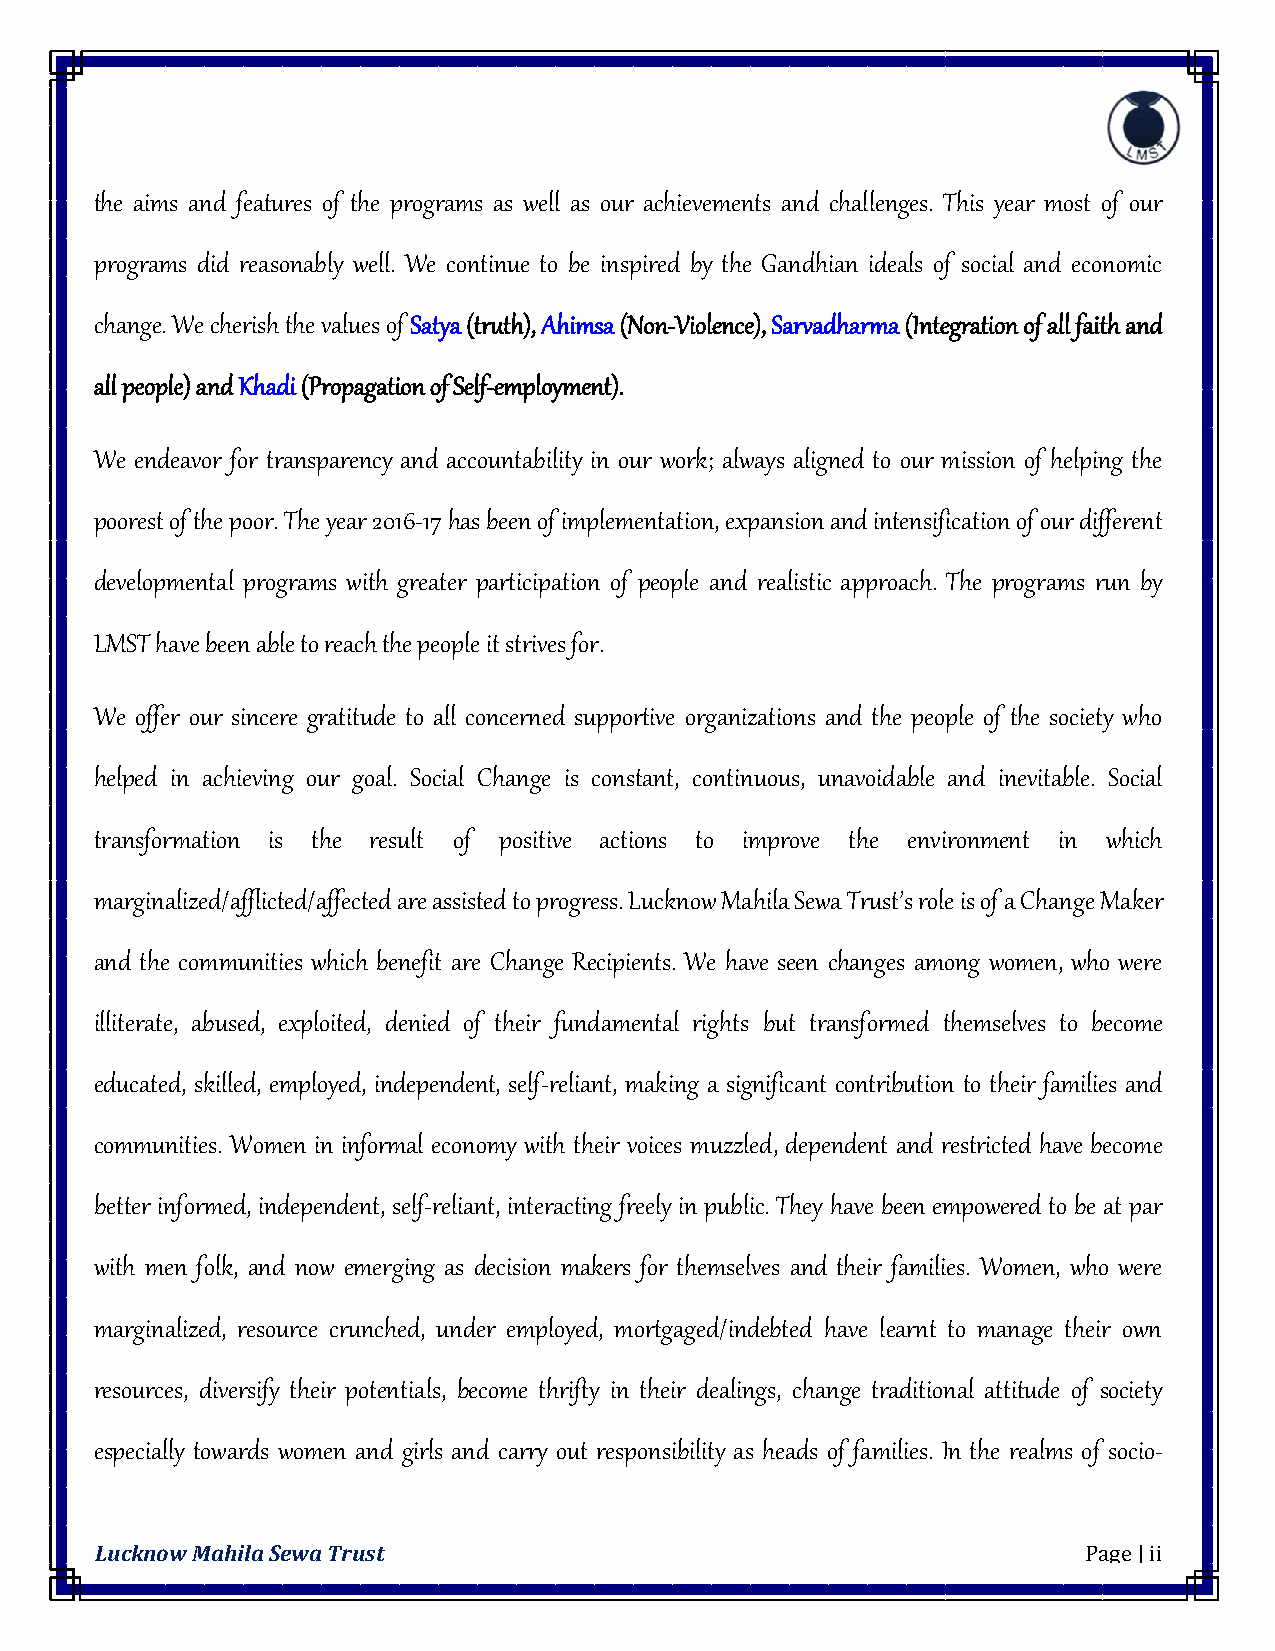
the aims and features of the programs as well as our achievements and challenges. This year most of our
 programs did reasonably well. We continue to be inspired by the Gandhian ideals of social and economic
 change. We cherish the values of Satya (truth), Ahimsa (Non-Violence), Sarvadharma (Integration of all faith and
 all people) and Khadi (Propagation of Self-employment).
 We endeavor for transparency and accountability in our work; always aligned to our mission of helping the
 poorest of the poor. The year 2016-17 has been of implementation, expansion and intensification of our different
 developmental programs with greater participation of people and realistic approach. The programs run by
 LMST have been able to reach the people it strives for.
 We offer our sincere gratitude to all concerned supportive organizations and the people of the society who
 helped in achieving our goal. Social Change is constant, continuous, unavoidable and inevitable. Social
 transformation is the result of positive actions to improve the environment in which
 marginalized/afflicted/affected are assisted to progress. Lucknow Mahila Sewa Trust’s role is of a Change Maker
 and the communities which benefit are Change Recipients. We have seen changes among women, who were
 illiterate, abused, exploited, denied of their fundamental rights but transformed themselves to become
 educated, skilled, employed, independent, self-reliant, making a significant contribution to their families and
 communities. Women in informal economy with their voices muzzled, dependent and restricted have become
 better informed, independent, self-reliant, interacting freely in public. They have been empowered to be at par
 with men folk, and now emerging as decision makers for themselves and their families. Women, who were
 marginalized, resource crunched, under employed, mortgaged/indebted have learnt to manage their own
 resources, diversify their potentials, become thrifty in their dealings, change traditional attitude of society
 especially towards women and girls and carry out responsibility as heads of families. In the realms of socio-
 Lucknow Mahila Sewa Trust                                         Page | ii